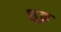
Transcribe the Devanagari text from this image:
शु़क्र